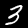
Digit: 3